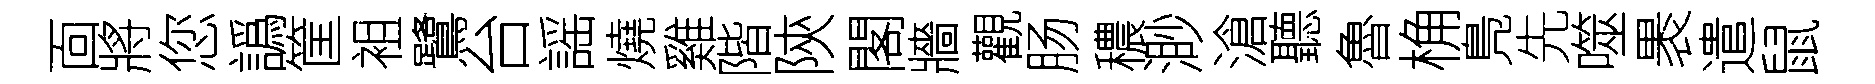
靣將您譌筐袓鷺台謡燒雞階陝閣牆觀肠穠渺滄聽魯桷鳬先噬褁遣鼠